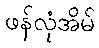
ဖန်လုံအိမ်